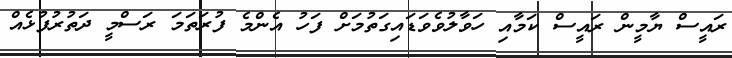
ރައީސް ޔާމީން ރައީސް ކަމާއި ހަވާލުވެވަޑައިގަތުމަށް ފަހު އެންމެ ފުރަތަމަ ރަސްމީ ދަތުރުފުޅެއް